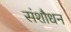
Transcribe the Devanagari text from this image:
संशौधन